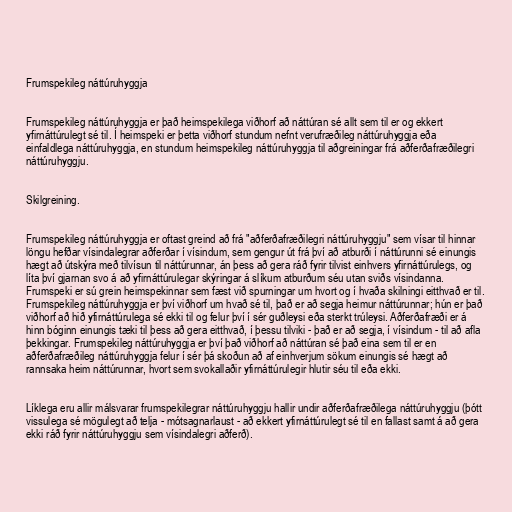
Frumspekileg náttúruhyggja

Frumspekileg náttúruhyggja er það heimspekilega viðhorf að náttúran sé allt sem til er og ekkert
yfirnáttúrulegt sé til. Í heimspeki er þetta viðhorf stundum nefnt verufræðileg náttúruhyggja eða
einfaldlega náttúruhyggja, en stundum heimspekileg náttúruhyggja til aðgreiningar frá aðferðafræðilegri
náttúruhyggju.

Skilgreining.

Frumspekileg náttúruhyggja er oftast greind að frá "aðferðafræðilegri náttúruhyggju" sem vísar til hinnar
löngu hefðar vísindalegrar aðferðar í vísindum, sem gengur út frá því að atburði í náttúrunni sé einungis
hægt að útskýra með tilvísun til náttúrunnar, án þess að gera ráð fyrir tilvist einhvers yfirnáttúrulegs, og
líta því gjarnan svo á að yfirnáttúrulegar skýringar á slíkum atburðum séu utan sviðs vísindanna.
Frumspeki er sú grein heimspekinnar sem fæst við spurningar um hvort og í hvaða skilningi eitthvað er til.
Frumspekileg náttúruhyggja er því viðhorf um hvað sé til, það er að segja heimur náttúrunnar; hún er það
viðhorf að hið yfirnáttúrulega sé ekki til og felur því í sér guðleysi eða sterkt trúleysi. Aðferðafræði er á
hinn bóginn einungis tæki til þess að gera eitthvað, í þessu tilviki - það er að segja, í vísindum - til að afla
þekkingar. Frumspekileg náttúruhyggja er því það viðhorf að náttúran sé það eina sem til er en
aðferðafræðileg náttúruhyggja felur í sér þá skoðun að af einhverjum sökum einungis sé hægt að
rannsaka heim náttúrunnar, hvort sem svokallaðir yfirnáttúrulegir hlutir séu til eða ekki.

Líklega eru allir málsvarar frumspekilegrar náttúruhyggju hallir undir aðferðafræðilega náttúruhyggju (þótt
vissulega sé mögulegt að telja - mótsagnarlaust - að ekkert yfirnáttúrulegt sé til en fallast samt á að gera
ekki ráð fyrir náttúruhyggju sem vísindalegri aðferð).